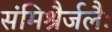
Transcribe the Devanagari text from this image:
संमिश्रैर्जलैः